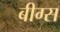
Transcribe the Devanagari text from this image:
बीग्स